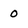
Character: o